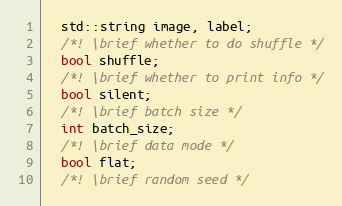
Language: C++
  std::string image, label;
  /*! \brief whether to do shuffle */
  bool shuffle;
  /*! \brief whether to print info */
  bool silent;
  /*! \brief batch size */
  int batch_size;
  /*! \brief data mode */
  bool flat;
  /*! \brief random seed */